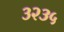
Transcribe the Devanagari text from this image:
३२३५